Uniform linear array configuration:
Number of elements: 4
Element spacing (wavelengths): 0.75
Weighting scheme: uniform
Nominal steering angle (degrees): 45
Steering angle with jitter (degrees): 45.609
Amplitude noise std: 0.05
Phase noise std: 0.05

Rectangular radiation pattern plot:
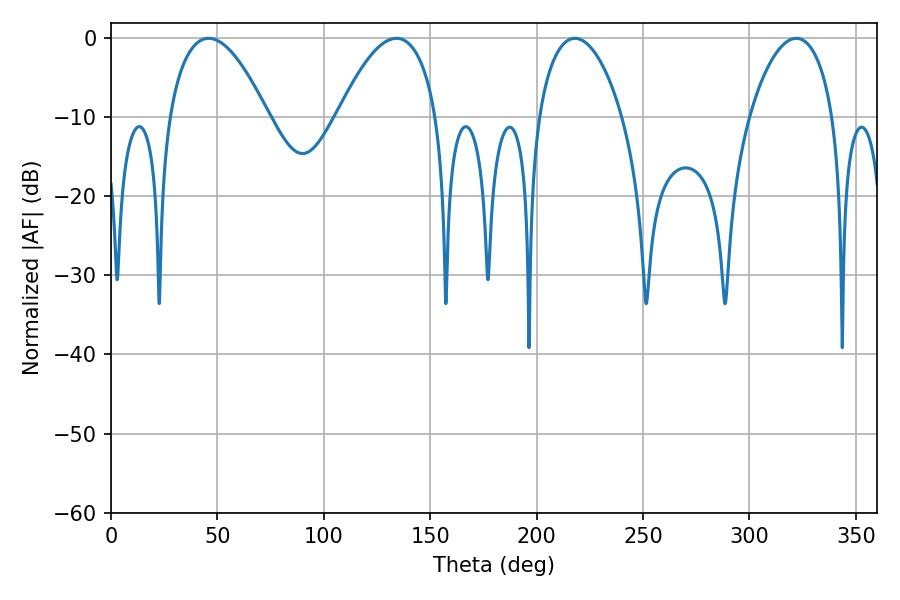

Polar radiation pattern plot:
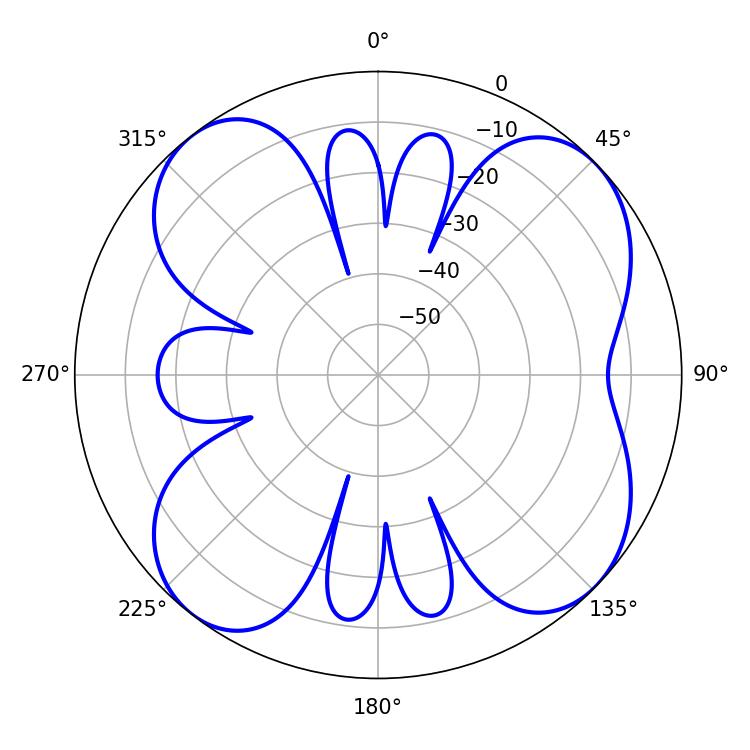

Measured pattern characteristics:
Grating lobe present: TRUE
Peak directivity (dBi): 9.872
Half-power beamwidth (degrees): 22.32
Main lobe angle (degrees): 217.98